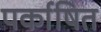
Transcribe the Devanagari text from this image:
पर्काषित